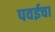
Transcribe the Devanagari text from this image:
पवईचा